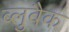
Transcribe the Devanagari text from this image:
ब्लुबैक